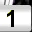
Digit: 1